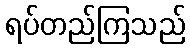
ရပ်တည်ကြသည်